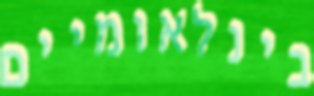
בינלאומיים